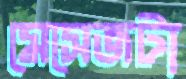
মেসেজটা